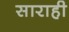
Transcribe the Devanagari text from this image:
साराही